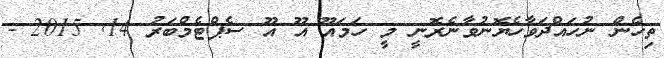
ތިހެން ނުހައްދަވާހެޔޮނުވާނެރޮނީ މީ ހަމައޫޫ އޫޫ އޫޫ ސެޕްޓެމްބަރު 14